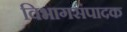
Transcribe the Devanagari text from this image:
विभागसंपादक